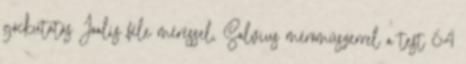
góckutatás Joalis féle méréssel, Salvius mérőműszerrel a test 64